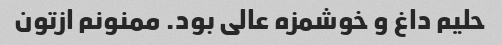
حلیم داغ و خوشمزه عالی بود. ممنونم ازتون